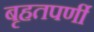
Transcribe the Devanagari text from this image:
बृहतपर्णी